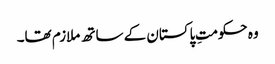
وہ حکومتِ پاکستان کے ساتھ ملازم تھا۔